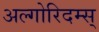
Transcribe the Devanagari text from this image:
अल्गोरिदम्स्